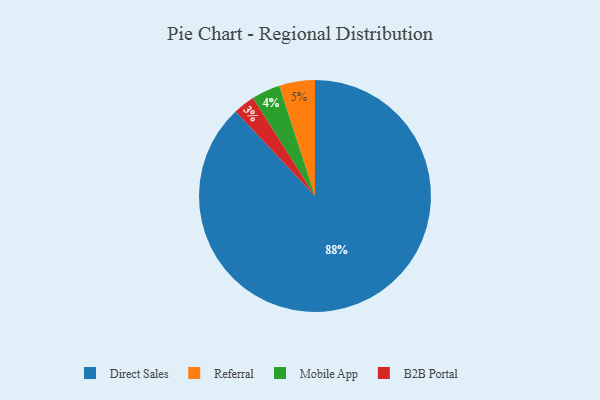
{"axis": {"x": "Category", "y": "Percentage"}, "legend": ["B2B Portal", "Direct Sales", "Mobile App", "Referral"], "data": [{"x": "Direct Sales", "y": 88, "type": "Direct Sales"}, {"x": "B2B Portal", "y": 3, "type": "B2B Portal"}, {"x": "Mobile App", "y": 4, "type": "Mobile App"}, {"x": "Referral", "y": 5, "type": "Referral"}]}